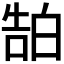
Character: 𬐊